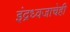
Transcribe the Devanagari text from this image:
इंद्रध्वजाचेही